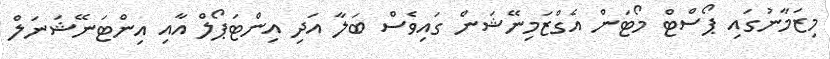
މިޒަމާނުގައި ޕޯސްޓް މޯޓަން އެގްޒަމިނޭޝަން ގައިވެސް ބަލާ އަދި އިންޓަޕޯލް އާއި އިންޓަނޭޝަނަލް